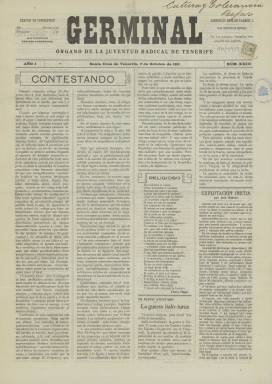
Título: Germinal (Santa Cruz de Tenerife)
Colección: Periódicos
Ámbito geográfico: Santa Cruz de Tenerife
Lugar de publicación: Santa Cruz de Tenerife
Fechas: 07/10/1911-07/10/1911

Periódico republicano de Tenerife que lleva el título, ya célebre en la época, de la novela de Emile Zola que retrataba las luchas obreras de la segunda mitad del siglo XIX. Hubo años antes una notable revista literaria editada en Madrid con el mismo nombre de Germinal, ligada a la Generación del 98 y también de perfil político republicano, pero nada tiene que ver con el periódico canario.

   La BNE sólo tiene un número de este semanario que debió de tener una vida corta. En los años previos a la I Guerra Mundial había en la isla de Tenerife tres periódicos republicanos: El Diario de Tenerife, El Progreso y La Prensa. El periódico Germinal nació del deseo de la juventud republicana de unirse a una fuerza política estatal como era el Partido Radical de Alejandro Lerroux y perseguir la unión de todas las corrientes republicanas de la isla, pero fracasó en su intento.

  El periódico, que tenía como subtítulo el de Órgano de la Juventud Radical de Tenerife, estaba dirigido por Enrique Carrasco, según el estudio de Julio Antonio Yanes Mesa titulado: El periodismo republicano en Tenerife (1868-1936), que se puede consultar en Internet.

  Con cuatro páginas y estructurado en cuatro columnas de texto, en el número de la BNE se puede apreciar su contenido anticlerical con diversas noticias relativas a conductas del clero poco ejemplares. Además, se incluye en la portada un artículo del periodista republicano y anticlerical José Nakens, vinculado al semanario satírico El Motín. Hay también un pequeño artículo del fundador de la Institución Libre de Enseñanza, Francisco Giner de los Ríos.  Es lógico pensar que el periódico cogía estas colaboraciones de otros medios periodísticos sin consultar con los autores.

  Es también destacable la suscripción que hizo el semanario para secundar las iniciadas por El Radical, de Madrid y El Progreso, de Barcelona, a favor de la viuda de Antonio Sánchez Moya, cabecilla del motín en la fragata Numancia con el que se pretendía declarar la República en España. Sánchez Moya, que era fogonero, fue fusilado a bordo del barco una vez sofocada la revuelta tras un juicio sumarísimo.

  La última página de Germinal estaba llena de publicidad, ingresos que permitirían financiar la publicación. Es curioso ver un anuncio de un English Bar, lo que da una idea de las añejas relaciones comerciales de las islas Canarias con Gran Bretaña.

[Descripción publicada el 17/08/2022]